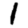
Digit: 1